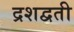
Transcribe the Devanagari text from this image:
द्रशद्वती